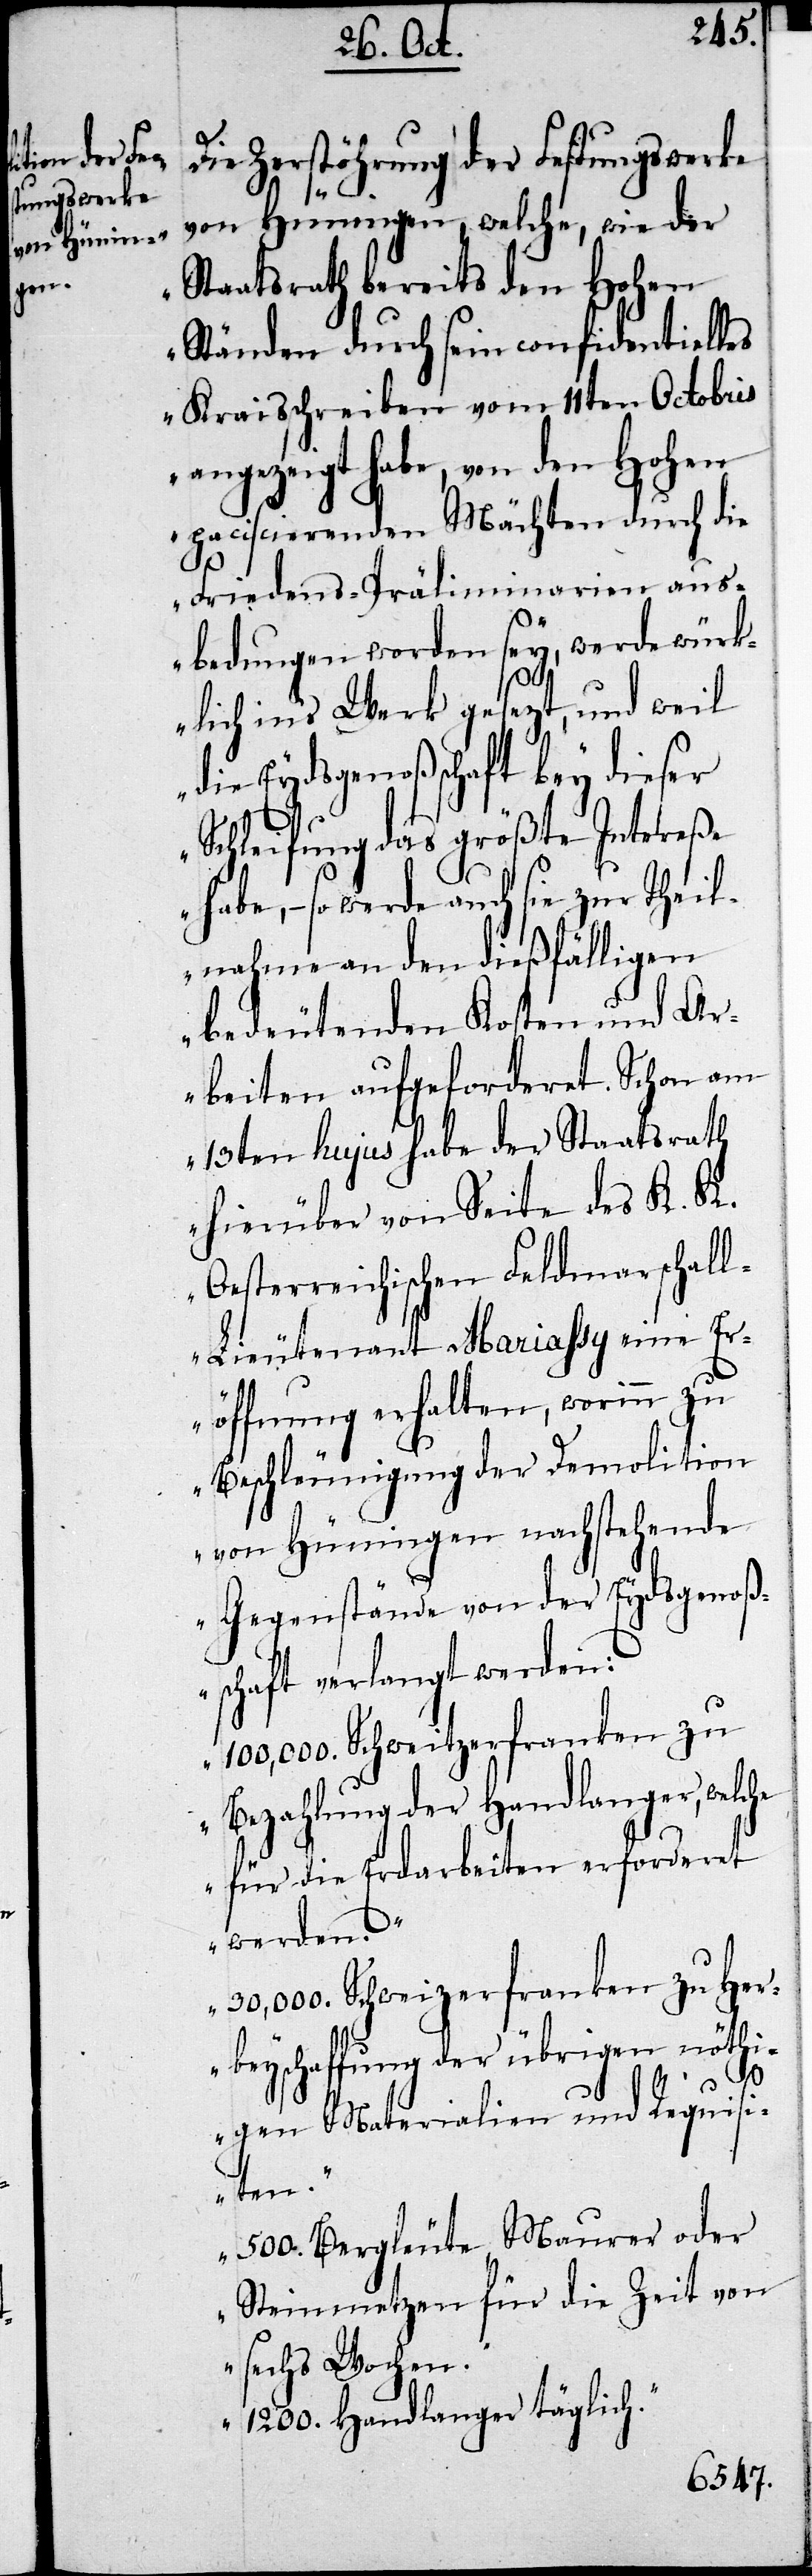
„Die Zerstöhrung der Festungswerke
von Hüningen, welche, wie der
Staatsrath bereits den Hohen
Ständen durch sein confidentielles
Kraisschreiben vom 11ten Octobris
angezeigt habe, von den Hohen
paciscierenden Mächten durch die
Friedens-Präliminarien aus¬
bedungen worden sey, werde würk¬
lich ins Werk gesetzt, und weil
die Eydsgenoßenschaft bey dieser
Schleifung das größte Intereße
habe, so werde auch sie zur Theil¬
nahme an den dießfälligen
bedeutenden Kosten und Ar¬
beiten aufgeforderet. Schon am
13ten hujus habe der Staatsrath
hierüber von Seite des K. K.
Oesterreichischen Feldmarschal¬
l-Lieutenant Mariassy eine E¬
röffnung erhalten, worinn zu
Beschleunigung der Demolition
von Hüningen nachstehende
Gegenstände von der Eydsgenoße¬
nschaft verlangt werden:
100,000. Schweitzerfranken zu
Bezahlung der Handlanger, welche
für die Erdarbeiten erfordert
werden.
30,000. Schweizerfranken zu Her¬
beyschaffung der übrigen nöthi¬
gen Materialien und Requis¬
iten.
500. Bergleute, Maurer oder
Steinmetzen für die Zeit von
sechs Wochen.
1200. Handlanger täglich.